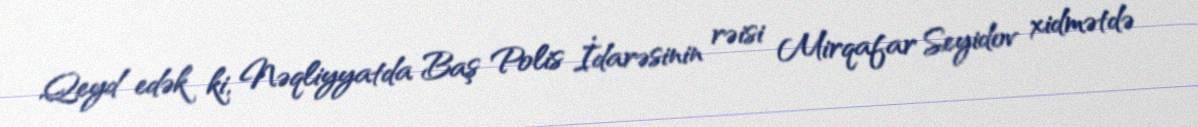
Qeyd edək ki, Nəqliyyatda Baş Polis İdarəsinin rəisi Mirqafar Seyidov xidmətdə